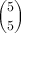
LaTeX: \binom { 5 } { 5 }